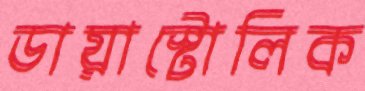
ডায়াস্টোলিক